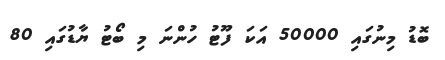
ބޮޑު މިނުގައި 50000 އަކަ ފޫޓު ހުންނަ މި ބޯޓު ޔާޑުގައި 80